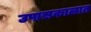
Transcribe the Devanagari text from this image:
उपासकाळात